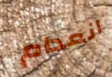
انعدام